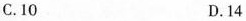
C.10 D.14